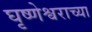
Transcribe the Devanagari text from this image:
घृष्णेश्वराच्या